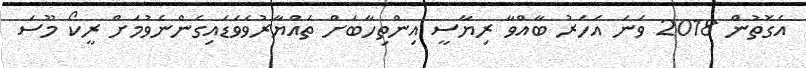
އެގޮތުން 2018 ވަނަ އަހަރު ބާއްވާ ރިޔާސީ އިންތިހާބަށް ތައްޔާރުވެވަޑައިގެންނެވުމަށް ރީކޯ މޫސަ